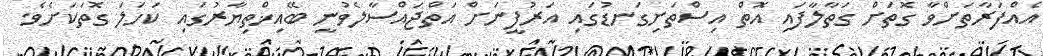
އެއްފަރާތަށްވާ ގޮތަށް ގަތާލާފައި އޮތް އިސްތަށިގަނޑުގައި އަރުފީނަށް އަތްޖައްސާލެވުނީ ބޭއިޚްތިޔާރުގައި ކަހަލަ ގޮތަކަށެވެ.